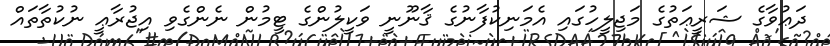
ދަޢުވާގެ ޝަރީޢަތުގެ މަޖިލީހުގައި އެމަނިކުފާނުގެ ޤާނޫނީ ވަކީލުންގެ ޓީމުން ނެންގެވި އިޖުރާޢީ ނުކުތާތައް